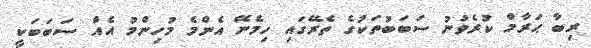
ރިބާ ޙަރާމް ކުރެވުނު ސަބަބުތަކުގެ ތެރޭގައި ހިމެނޭ އެންމެ މުހިންމު އެއް ސަބަބަކީ